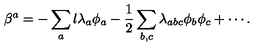
\beta ^ { a } = - \sum _ { a } l \lambda _ { a } \phi _ { a } - \frac { 1 } { 2 } \sum _ { b , c } \lambda _ { a b c } \phi _ { b } \phi _ { c } + \cdots .